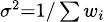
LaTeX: \scriptstyle\sigma^{2}=1/\sum w_{i}